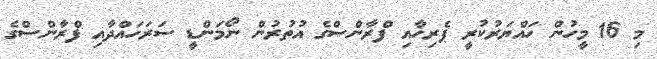
މި 16 މީހުން ހައްޔަރުކުރީ ޕެރިހާއި ފްރާންސްގެ އުތުރުން ނޯމަންޑީ ސަރަހައްދާއި ފްރާންސްގެ